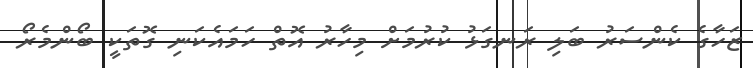
ޒަހާގެ ކެންސަރު ބަލި ރަނގަޅު ކުރުމަށް މިހާރު އޮތް ހަމައެކަނި ގޮތަކީ ބޯންމެރޯ